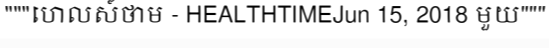
"""ហេលស៍ថាម - HEALTHTIMEJun 15, 2018 មួយ"""